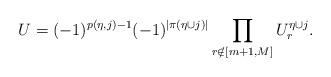
LaTeX: \begin{align*}U=(-1)^{p(\eta,j)-1}(-1)^{|\pi(\eta\cup j)|} \prod_{r \notin [m+1,M]}{U^{\eta \cup j}_{r}}.\end{align*}